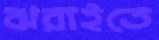
ঝরাইতে